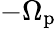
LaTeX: -\Omega_{\mathrm{p}}